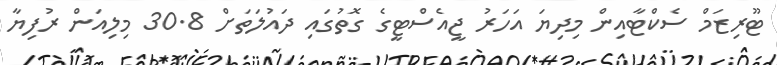
ޓޫރިޒަމް ސެކްޓާއިން މިދިޔަ އަހަރު ޖީއެސްޓީގެ ގޮތުގައި ދައުލަތަށް 30.8 މިލިއަން ރުފިޔާ